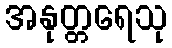
အနုတ္တရေသု